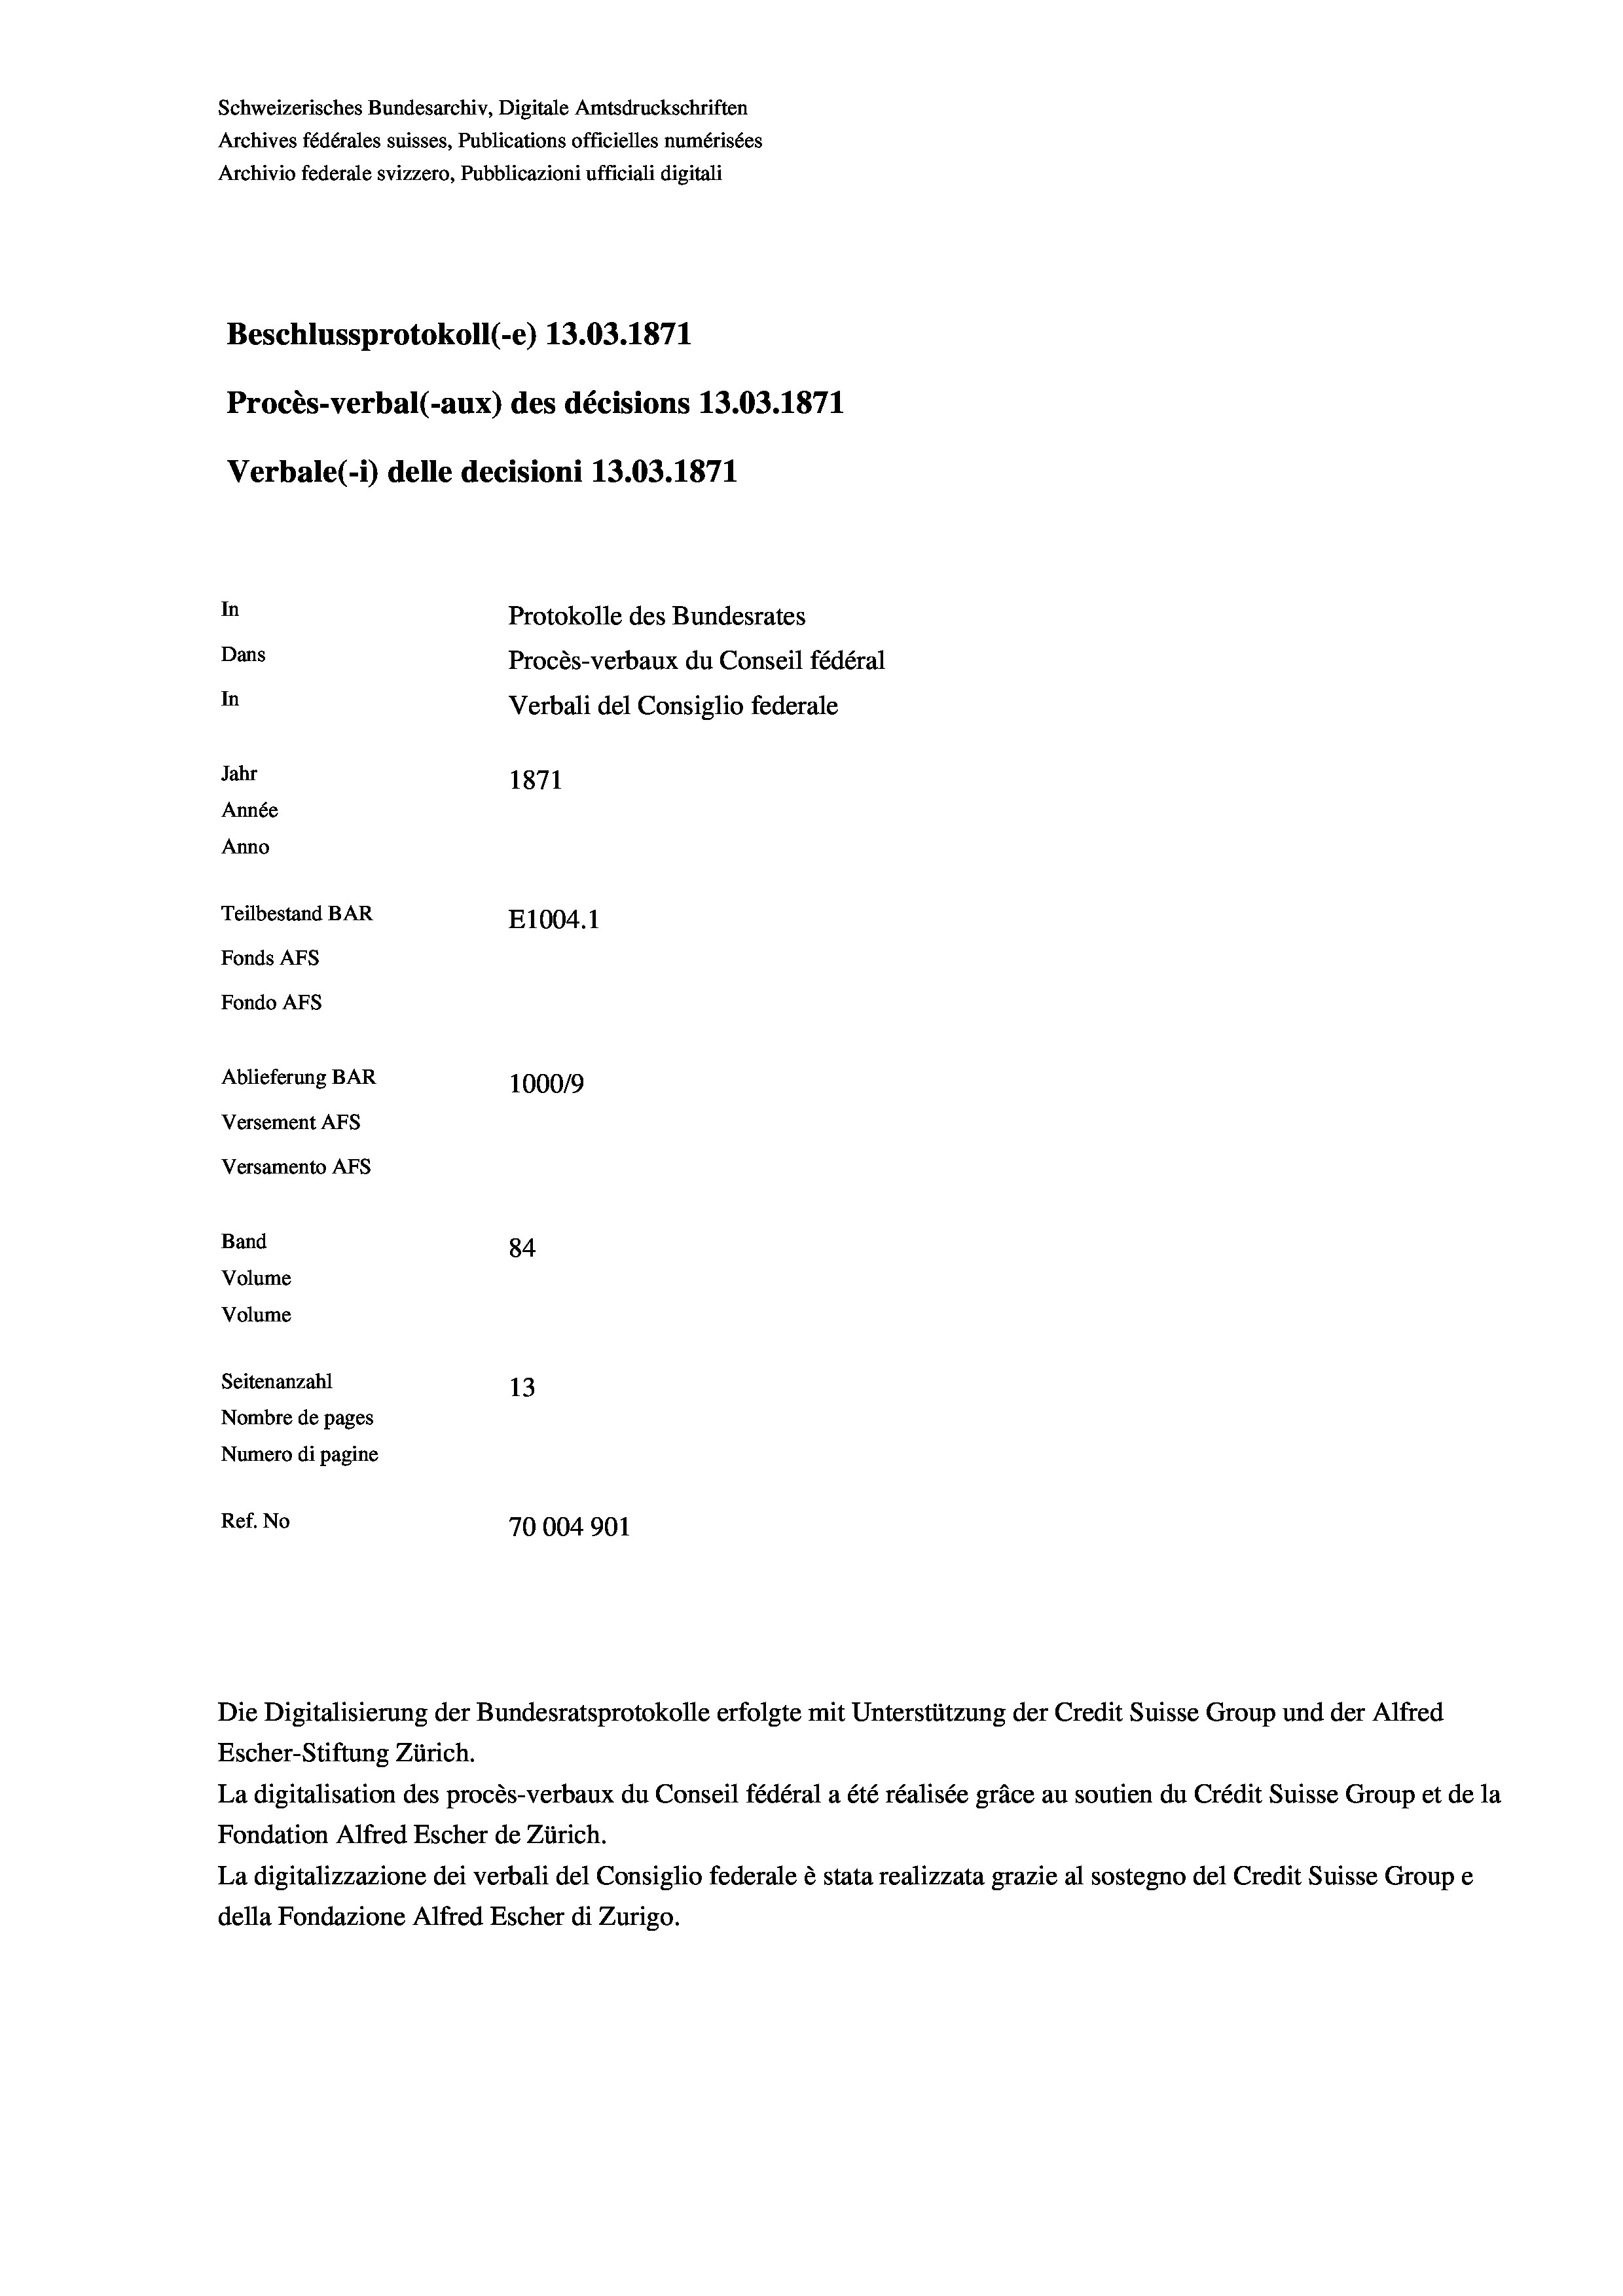
Schweizerisches Bundesarchiv, Digitale Amtsdruckschriften
Archives fédérales suisses, Publications officielles numérisées
Archivio federale svizzero, Pubblicazioni ufficiali digitali
Beschlussprotokoll (-e) 13.03. 1871
Procès-verbal (-aux) des décisions 13.03. 1871
Verbale (i) delle decisioni 13.03. 1871
In
Protokolle des Bundesrates
Dans
Procès-verbaux du Conseil fédéral
In
Verbali del Consiglio federale
Jahr
1871
Année
Anno
Teilbestand BAR
E1004. 1
Fonds Afs
Fondo AFs
Ablieferung BAR
1000/9
Versement Abs
Versamento AFs
Band
84
Volume
Volume

Seitenanzahl
13
Nombre de pages
Numero di pagine
Ref. No
70004901

La digitalisation des procès-verbaux du Conseil fédéral a été réalisée gräce au soutien du Crédit Suisse Group et de la
Fondation Alfred Escher de Zürich.
La digitalizzazione dei verbali del Consiglio federale è stata realizzata grazie al sostegno del Credit Suisse Groupe
della Fondazione Alfred Escher di Zurigo.

Escher-Stiftung Zürich.

Die Digitalisierung der Bundesratsprotokolle erfolgte mit Unterstützung der Credit Suisse Group und der Alfred